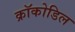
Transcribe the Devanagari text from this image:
क्रॉकोडिल